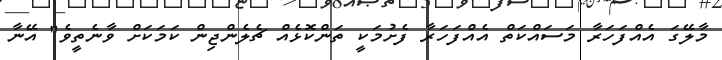
މާލޭގަ އެއްފަހަރާ މަސައްކަތް އެއްފަހަރާ ފެށުމަކީ ތަންކޮޅެއް ޗެލެންޖިން ކަމަކަށް ވާނެތީވެ" އޭނާ